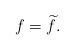
\begin{align*}f=\widetilde{f}.\end{align*}